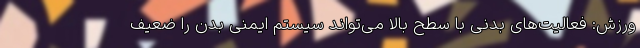
ورزش: فعالیت‌‌های بدنی با سطح بالا می‌تواند سیستم ایمنی بدن را ضعیف